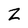
Character: Z